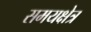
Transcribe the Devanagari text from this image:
समयक्षेत्र